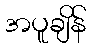
အပူချိန်